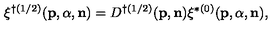
\xi ^ { \dag ( 1 / 2 ) } ( { \bf p } , { \alpha } , { \bf n } ) = D ^ { \dag ( 1 / 2 ) } ( { \bf p } , { \bf n } ) \xi ^ { \ast ( 0 ) } ( { \bf p } , { \alpha } , { \bf n } ) ,